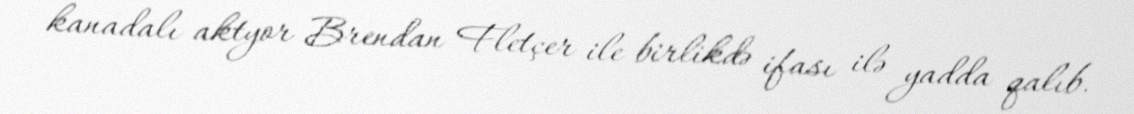
kanadalı aktyor Brendan Fletçer ile birlikdə ifası ilə yadda qalıb.